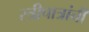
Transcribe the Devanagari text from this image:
स्त्रीपात्रांची